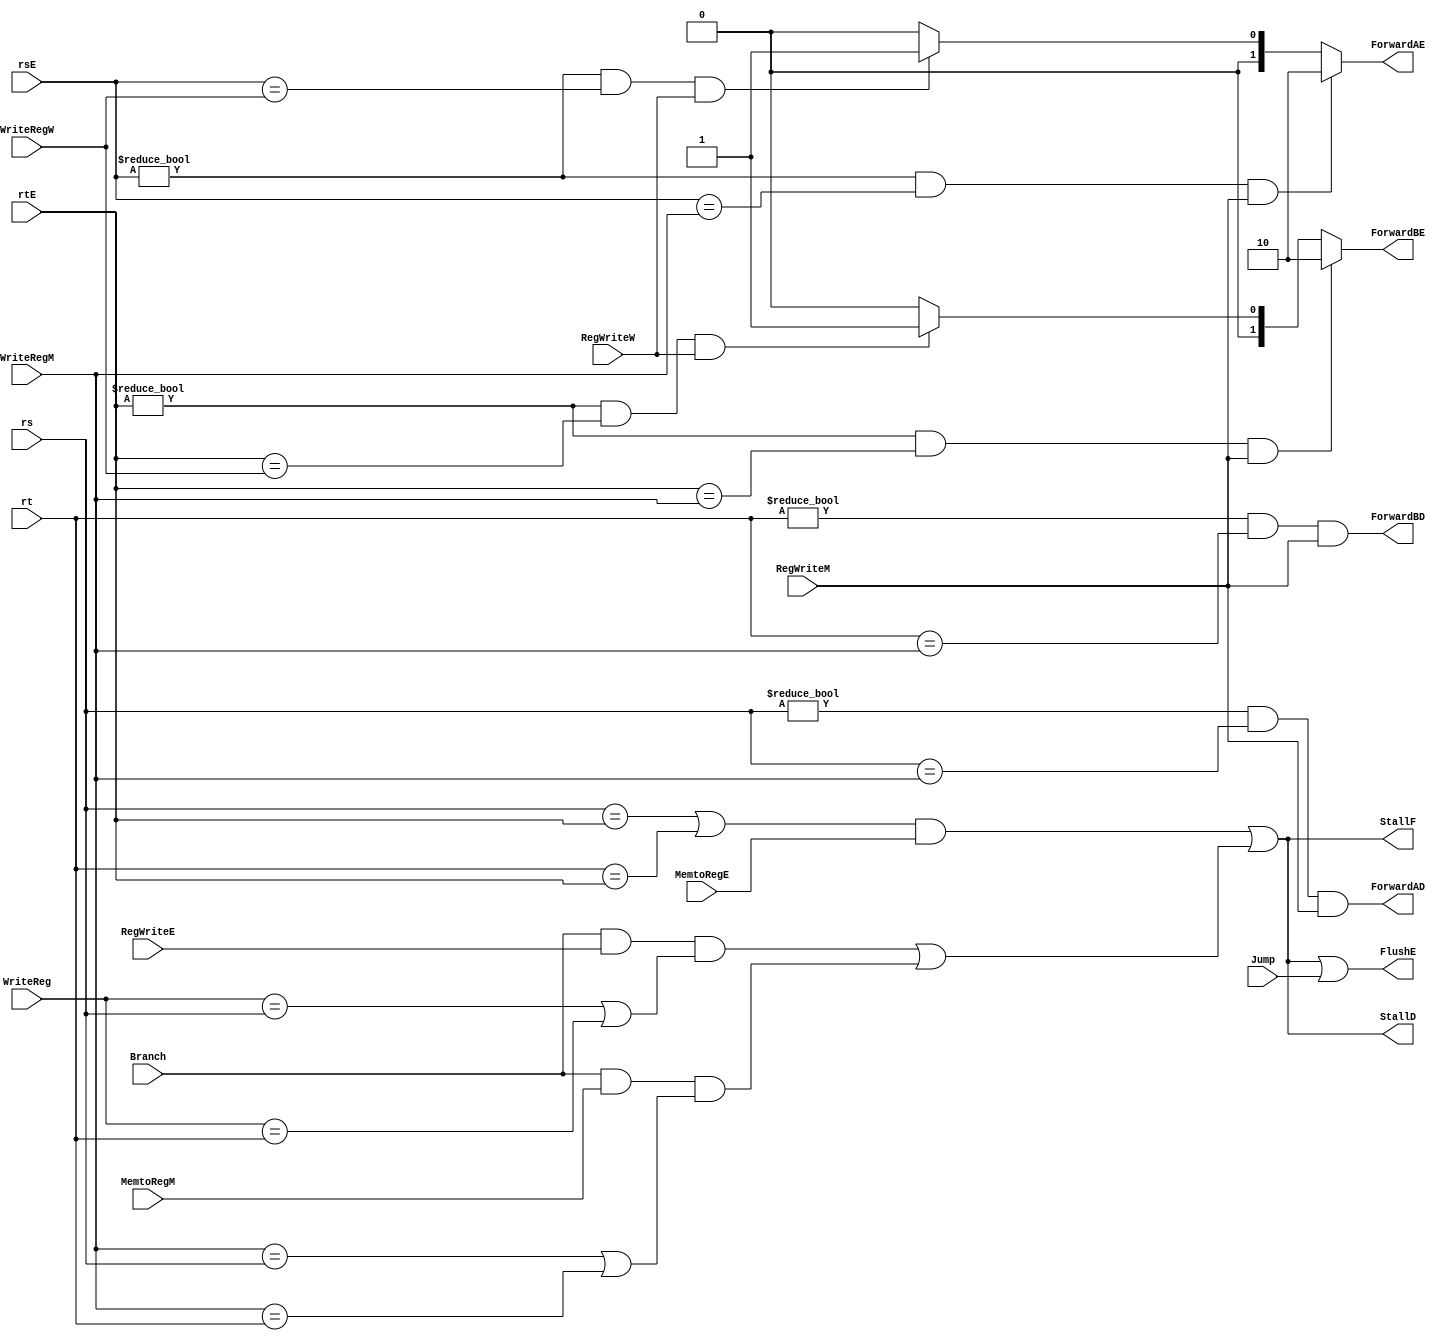
module hazard_unit # ( parameter WL = 32 )
(
    input RegWriteM,
    input RegWriteW,
    input RegWriteE,
    input MemtoRegE,
    input MemtoRegM,
    input Branch,
    input Jump,
    input [4 : 0] rs,
    input [4 : 0] rt,
    input [4 : 0] rsE,
    input [4 : 0] rtE,
    input [4 : 0] WriteReg,
    input [4 : 0] WriteRegM,
    input [4 : 0] WriteRegW,
    output FlushE,
    output StallF,
    output StallD,
    output reg [1 : 0] ForwardAE,
    output reg [1 : 0] ForwardBE,
    output reg ForwardAD,
    output reg ForwardBD
);
    reg lwstall = 0;
    reg lwstall_track = 0;
    reg [1 : 0] lwstall_counter = 0;
    reg branchstall = 0;
    
    always @ (posedge top.CLK)                                  // lw stall logic
    begin                                                       // lw stall logic
        if(lwstall != 0 || lwstall_track != 0)                  // lw stall logic
        begin                                                   // lw stall logic
            if(lwstall_counter < 2)                             // lw stall logic
            begin                                               // lw stall logic
                lwstall_counter <= lwstall_counter + 1;         // lw stall logic
                lwstall_track <= 1;                             // lw stall logic
            end                                                 // lw stall logic
            else                                                // lw stall logic
            begin                                               // lw stall logic
                lwstall_counter <= 0;                           // lw stall logic
                lwstall_track <= 0;                             // lw stall logic
            end                                                 // lw stall logic
        end                                                     // lw stall logic
    end                                                         // lw stall logic
    
    
    always @ (*)
    begin
        if ( (rsE != 0) && (rsE == WriteRegM) && RegWriteM ) ForwardAE <= 2'b10;
        else if ( (rsE != 0) && (rsE == WriteRegW ) && RegWriteW) ForwardAE <= 2'b01;
        else ForwardAE <= 2'b00;
        
        if ( (rtE != 0) && (rtE == WriteRegM) && RegWriteM ) ForwardBE <= 2'b10;
        else if ( (rtE != 0) && (rtE == WriteRegW ) && RegWriteW) ForwardBE <= 2'b01;
        else ForwardBE <= 2'b00;
        
        
        lwstall <= ((rs == rtE) || (rt == rtE)) && MemtoRegE;           // lw stall logic
        
        
        ForwardAD <= (rs != 0) && (rs == WriteRegM) && RegWriteM;                           // Branch Mux Logic
        ForwardBD <= (rt != 0) && (rt == WriteRegM) && RegWriteM;                           // Branch Mux Logic
        
        
        branchstall <= Branch && RegWriteE && (WriteReg == rs || WriteReg == rt) ||                 // Branch Stall Logic
                                Branch && MemtoRegM && (WriteRegM == rs || WriteRegM == rt);        // Branch Stall Logic
        
    end
    
    assign FlushE = lwstall || branchstall || Jump;
    assign StallF = lwstall || branchstall;
    assign StallD = lwstall || branchstall;
    
endmodule